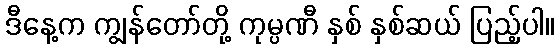
ဒီနေ့က ကျွန်တော်တို့ ကုမ္ပဏီ နှစ် နှစ်ဆယ် ပြည့်ပါ။